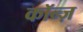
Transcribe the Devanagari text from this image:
कॉन्ज़